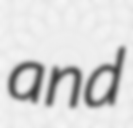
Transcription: and